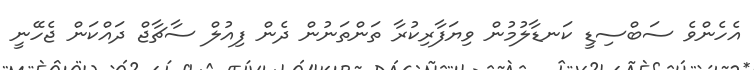
އެހެންވެ ސަބްސިޑީ ކަނޑާލުމުން ވިޔަފާރިކުރާ ތަންތަނުން ދެން ފިއުލް ސާޗާޖް ދައްކަން ޖެހޭނީ